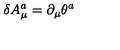
\delta A _ { \mu } ^ { a } = \partial _ { \mu } \theta ^ { a }